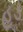
હૂડ